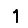
Digit: 1